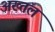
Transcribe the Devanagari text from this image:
अख्तल